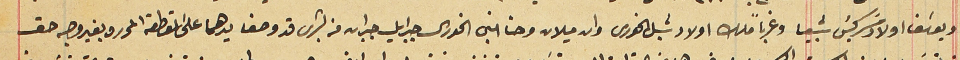
ويوسَف اولاد سَركيسَ شبيعا وغرباً ملك اولاد شبل الخورى وان ميلان وحنا ابنى الخورى جبرايل جبران من بشرى قد وضعا يدهما على القطعة المحرره بغير وجه حق